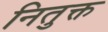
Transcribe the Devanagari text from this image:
नितुक्त